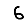
Digit: 6